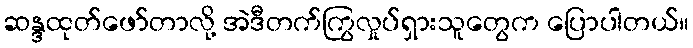
ဆန္ဒထုတ်ဖော်တာလို့ အဲဒီတက်ကြွလှုပ်ရှားသူတွေက ပြောပါတယ်။